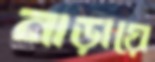
নাড়ায়ে